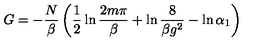
G = - \frac { N } { \beta } \left( \frac { 1 } { 2 } \ln \frac { 2 m \pi } { \beta } + \ln \frac { 8 } { \beta g ^ { 2 } } - \ln \alpha _ { 1 } \right)